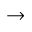
\to